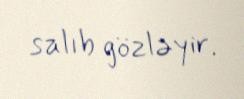
salıb gözləyir.